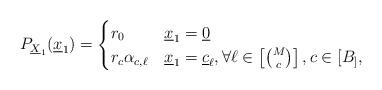
LaTeX: \begin{align*}P_{{\underline X}_1}({\underline x}_1) = \begin{cases}r_0 \ &{\underline x_1} = \underline{0}\\r_{c} \alpha_{c, \ell} & { {\underline x}_1} = {\underline c}_{\ell}, \forall \ell \in \left[ {M \choose c} \right], c \in[ B_ ],\end{cases} \end{align*}